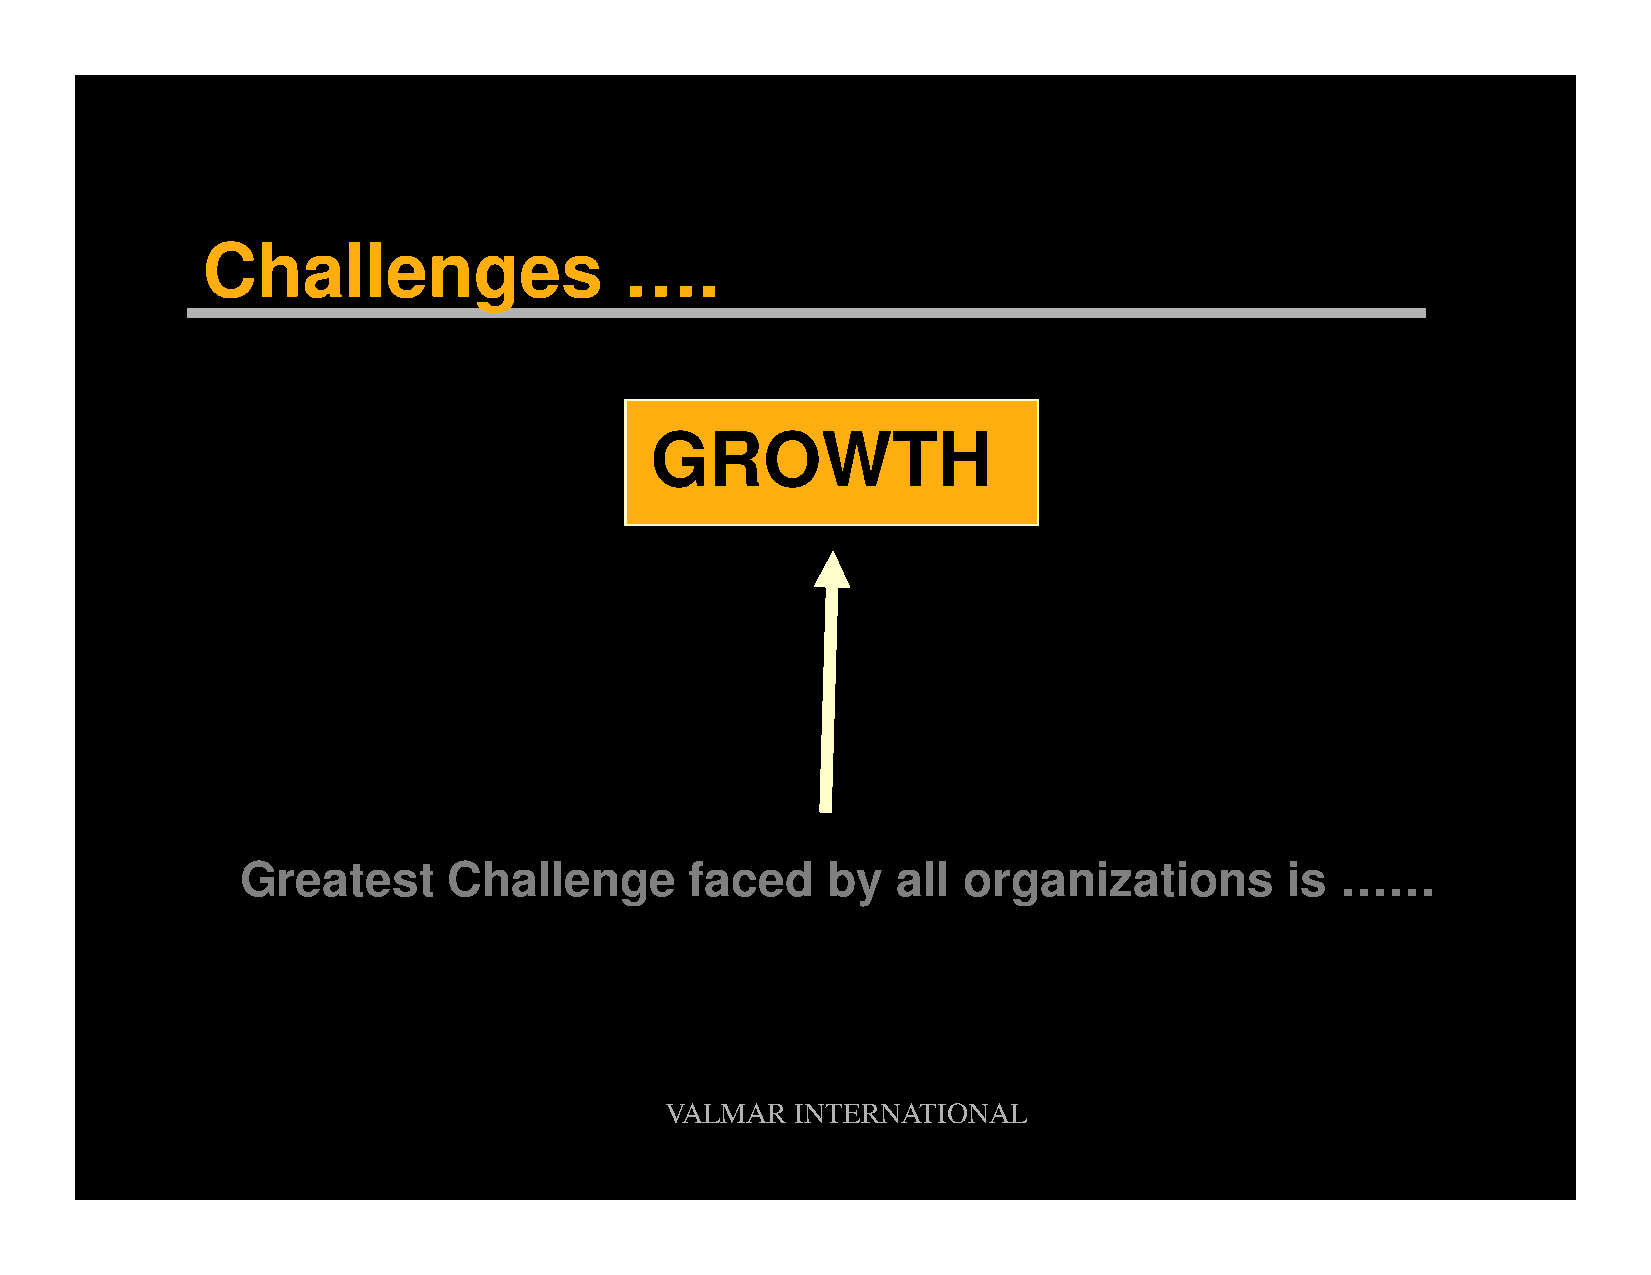
Challenges                  ….
 GROWTH
 Greatest      Challenge       faced    by  all  organizations        is  ……
 VALMAR   INTERNATIONAL